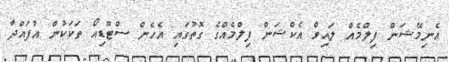
އެނިމޭޝަން ފިލްމެއް ލައިވް އެކްޝަން ފިލްމެއްގެ ގޮތުގައި އެހެން ސްޓޫޑިއޯ ތަކަކުން އުފައްދާ